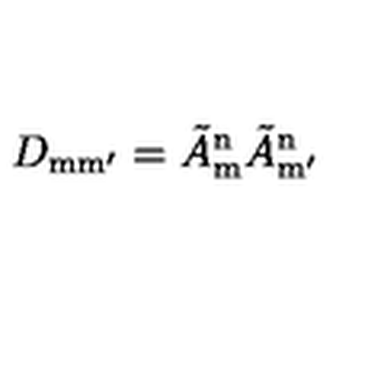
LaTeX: D _ { \mathrm { m m ^ { \prime } } } = \tilde { A } _ { \mathrm { m } } ^ { \mathrm { n } } \tilde { A } _ { \mathrm { m ^ { \prime } } } ^ { \mathrm { n } }